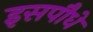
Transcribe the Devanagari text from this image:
इसपौधे